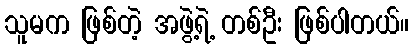
သူမက ဖြစ်တဲ့ အဖွဲ့ရဲ့ တစ်ဦး ဖြစ်ပါတယ်။